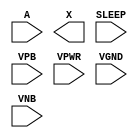
module sky130_fd_sc_hdll__inputiso0p (
    //# {{data|Data Signals}}
    input  A    ,
    output X    ,

    //# {{power|Power}}
    input  SLEEP,
    input  VPB  ,
    input  VPWR ,
    input  VGND ,
    input  VNB
);
endmodule